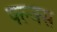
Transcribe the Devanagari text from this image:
फ्ल्क्स